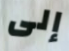
إلى